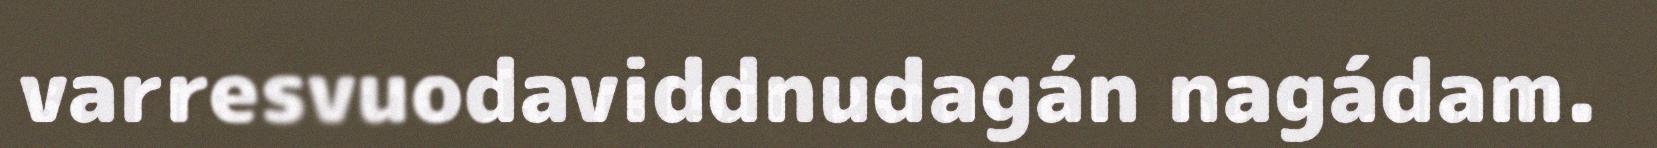
varresvuodaviddnudagán nagádam.